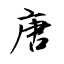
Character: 唐